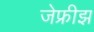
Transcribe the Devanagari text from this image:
जेफ्रीझ